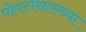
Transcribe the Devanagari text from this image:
पोपटासारख्या